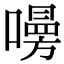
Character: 𠿐